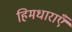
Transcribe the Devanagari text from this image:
हिमधाराएँ